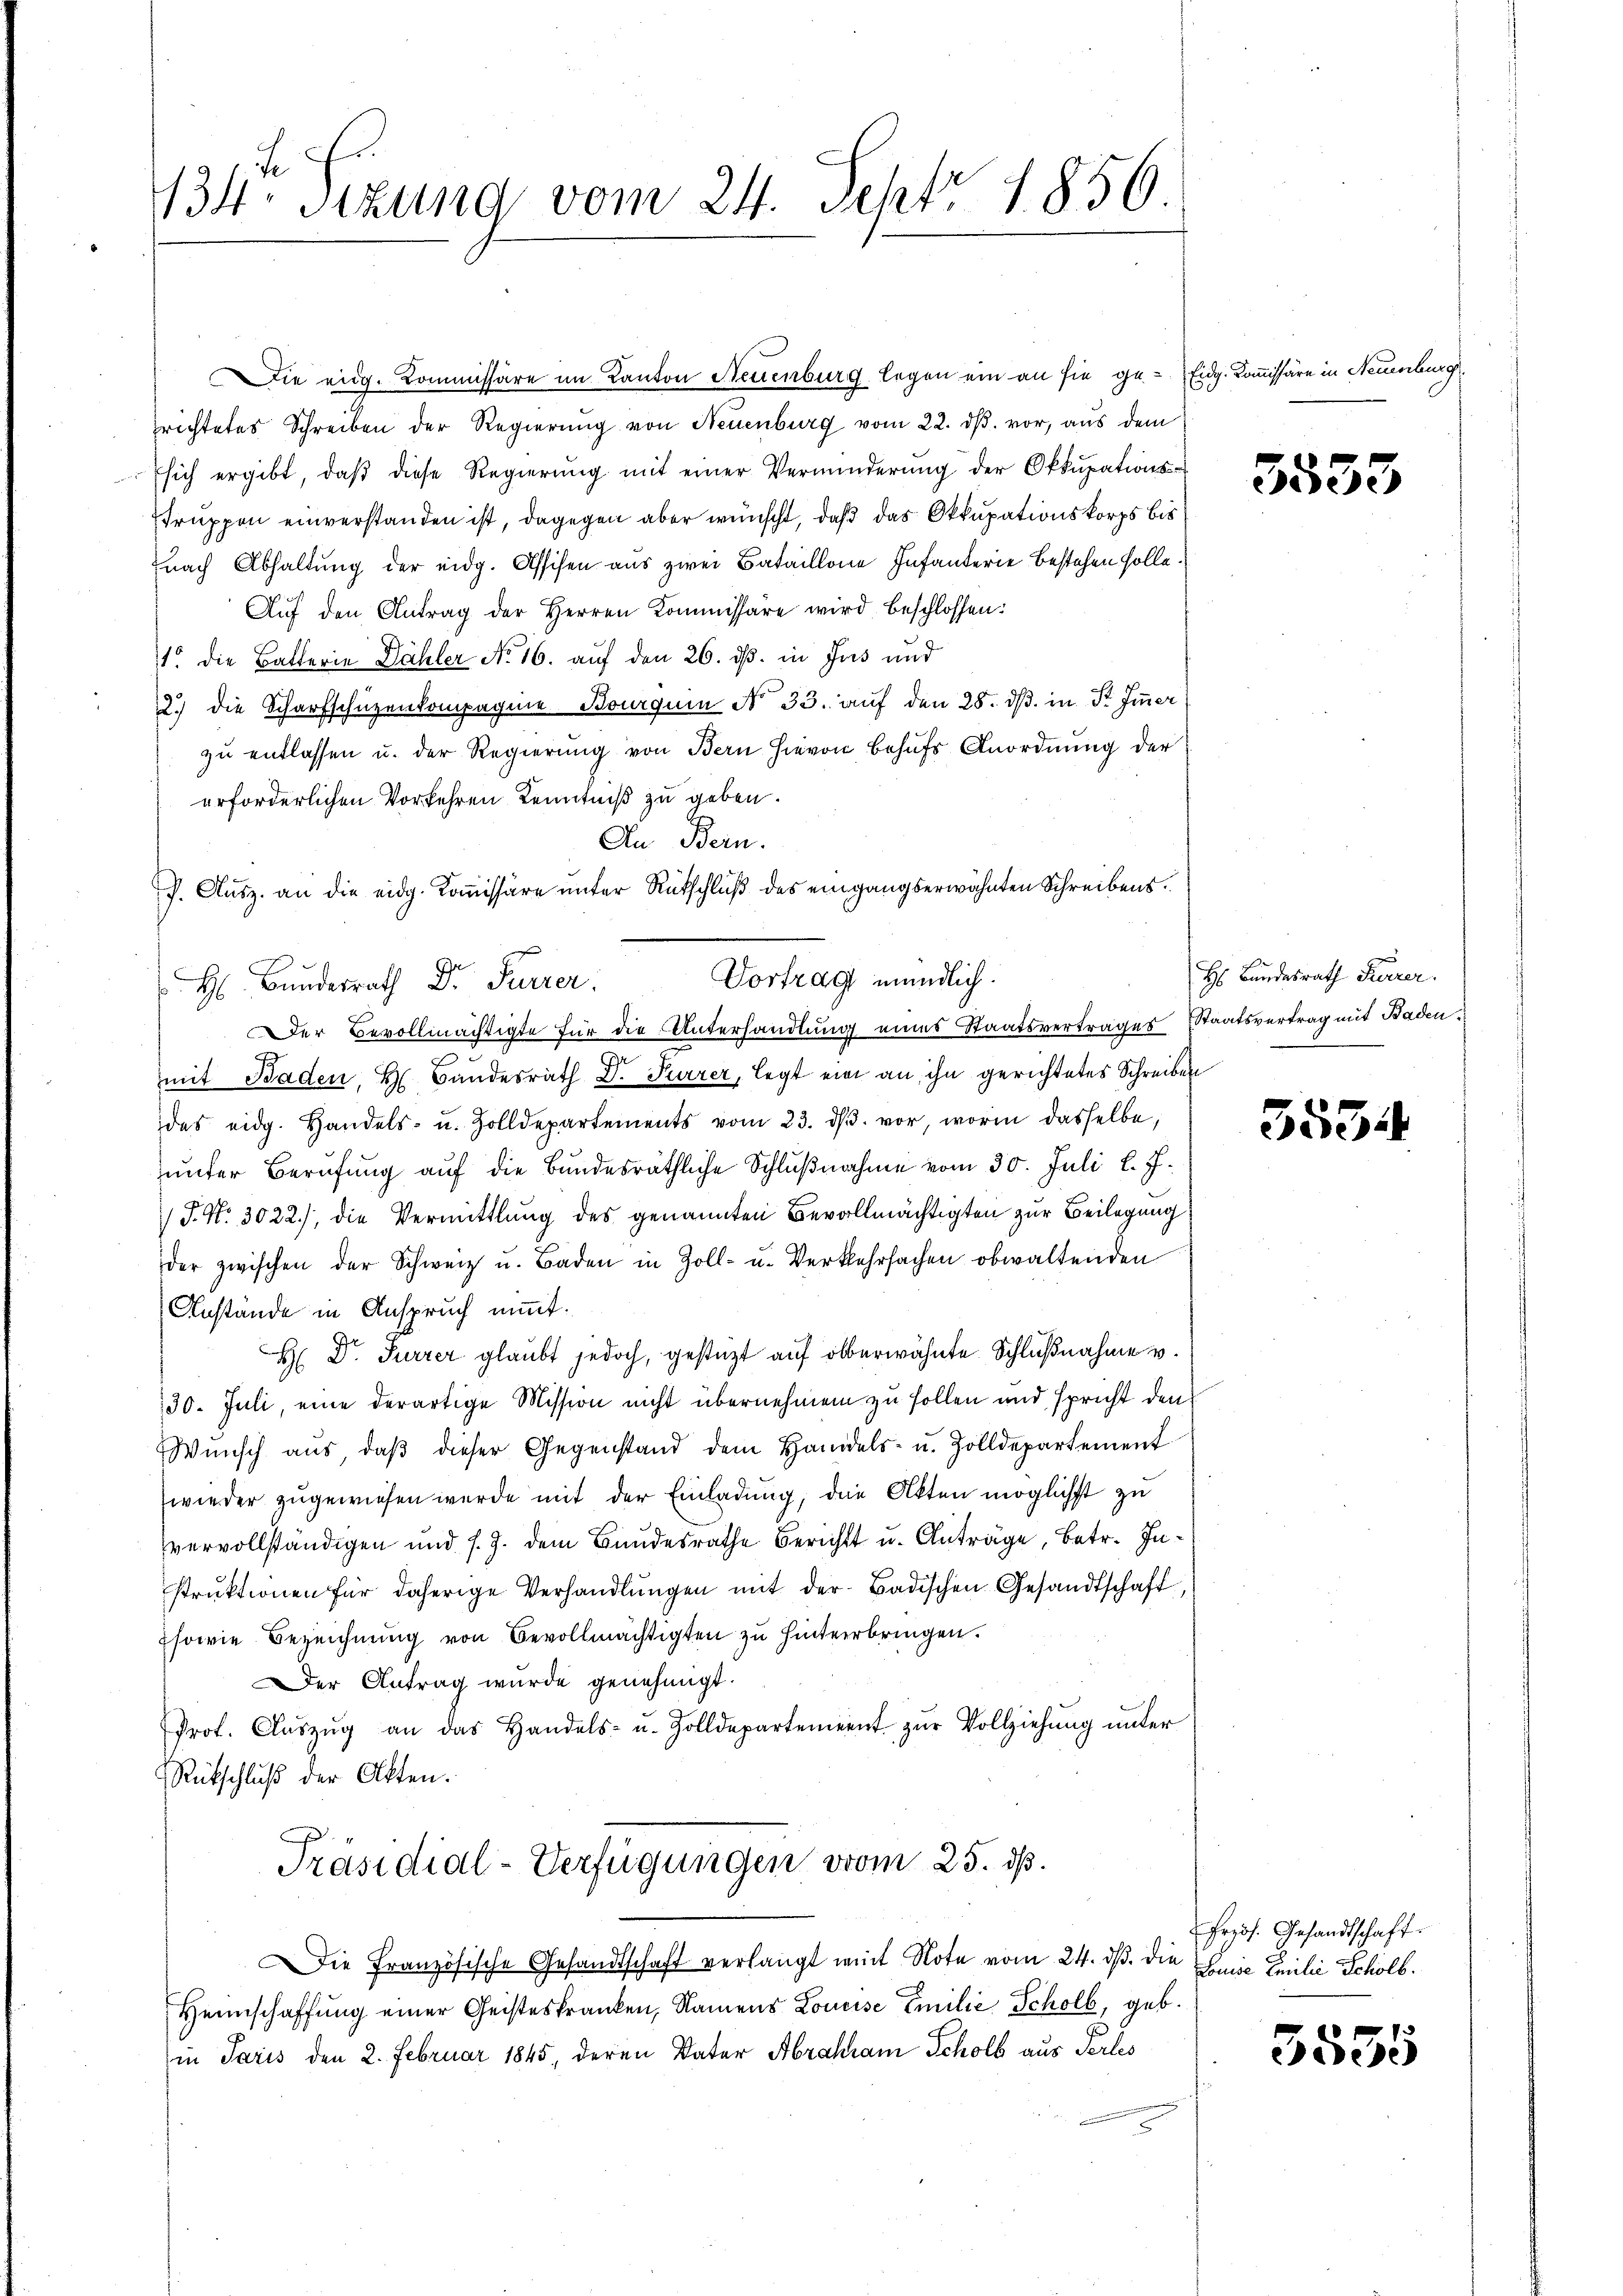
134. Sitzung vom 24. Sept. 1856.

richtetes Schreiben der Regierung von Neuenburg vom 22. dβ. vor, aus dem
Esich ergibt, daβ diese Regierung mit einer Verminderung der Okkupationsstruppen einverstanden ist, dagegen aber wünscht, daß das Okkupationskorps bis
nach Abhaltung der eidg. Assisen aus zwei Bataillone Infanterie bestehen solle.
Auf den Antrag der Herren Kommissäre wird beschlossen:
15 die Ballerie Dähler No 16. auf den 26. ds. in Jus und
2.) die Scharfschüzenkompagnie Bourgum No 33. auf den 28. dβ. in Fr. Immer
zŭ entlassen u. der Regierung von Bern hievon Behufs Anordnung der
erforderlichen Vorkehren Kenntniß zu geben.
An Bern.
P. Ausz. an die eidg. Kommissäre unter Rutschluß des eingangserwähnten Schreibens.
H Bundesrath Dr. Furrer.
n
mit Baden, H. Bundesrath Dr. Furrer, legt ein an ihn gerichtetes Schreiben
des eidg. Handels- u. Zolldepartements vom 23. dβ. vor, worin dasselbe,
unter Berufung auf die Bundesräthliche Schlußnahme vom 30. Juli l. J.
/J. N. 3022.), die Vermittlung des genannten Bevollmächtigten zur Beilegung
der zwischen der Schweiz u. Baden in Zoll- u. Verkehrsachen obwaltenden
Anstände in Anspruch nimmt.
H Dr. Furrer glaubt jedoch, gestützt auf oberwähnte Schlußnahme v.
30. Juli, eine derartige Mission nicht übernehmen zu sollen und spricht den
Wŭnsch aŭs, daβ dieser Gegenstand dem Handels- u. Zolldepartement
wieder zugewiesen werde mit der Einladung, die Akten möglichst zu
vervollständigen und s. Z. dem Bundesrathe Bericht u. Anträge, betr. Instruktionen für daherige Verhandlungen mit der Badischen Gesandtschaft,
sowie Bezeichnung von Bevollmächtigten zu hinterbringen.
er Antrag wurde genehmigt.
Prot. Claszŭg an das Handels- u. Zolldepartement zŭr Vollziehŭng ŭnter
Rückschluß der Akten.
Präsidial-Verfügungen vom 25. dß.
Die Französische Gesandtschaft verlangt weit Note vom 24. ds. die Luise Emilie Schölb.
Heimschaffung einer Geisteskranken, Namens Louise Emilie Schöll, geb.
in Paris den 2. Februar 1845, deren Vater Abraham Scholb aus Perles

Die eidg. Kommissäre im Kanton Neuenburg legen ein an sie ge-Eidg. Kommissäre in Neuenburg

Vortrag mündlich.
Der Bevollmächtigte für die Unterhandlung eines Staatsvertrages Staatsvertrag mit Baden.

3533

Hs. Bundesrath Feurer.

5554

Przös. Gesandtschaft

3555